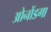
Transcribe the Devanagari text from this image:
ओनोंडगा